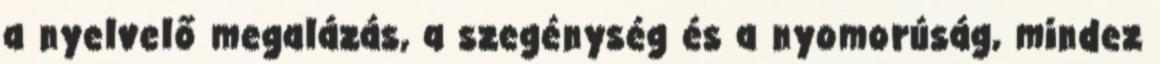
a nyelvelő megalázás, a szegénység és a nyomorúság, mindez